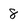
Character: 8